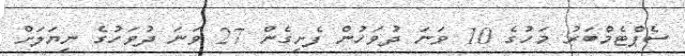
ސެޕްޓެމްބަރު މަހުގެ 10 ވަނަ ދުވަހުން ފެށިގެން 27 ވަނަ ދުވަހުގެ ނިޔަލަށް